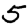
Digit: 5